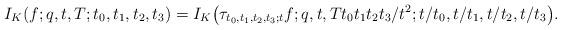
LaTeX: \begin{gather*}I_K(f;q,t,T;t_0,t_1,t_2,t_3) =I_K\big(\tau_{t_0,t_1,t_2,t_3;t}f;q,t,T t_0t_1t_2t_3/t^2;t/t_0,t/t_1,t/t_2,t/t_3\big).\end{gather*}